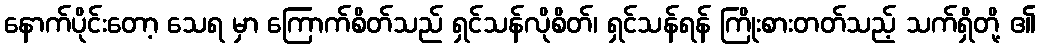
နောက်ပိုင်းတော့ သေရ မှာ ကြောက်စိတ်သည် ရှင်သန်လိုစိတ်၊ ရှင်သန်ရန် ကြိုးစားတတ်သည့် သက်ရှိတို့ ၏